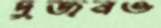
দুজনও